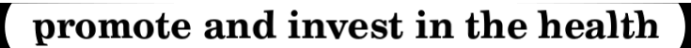
promote and invest in the health